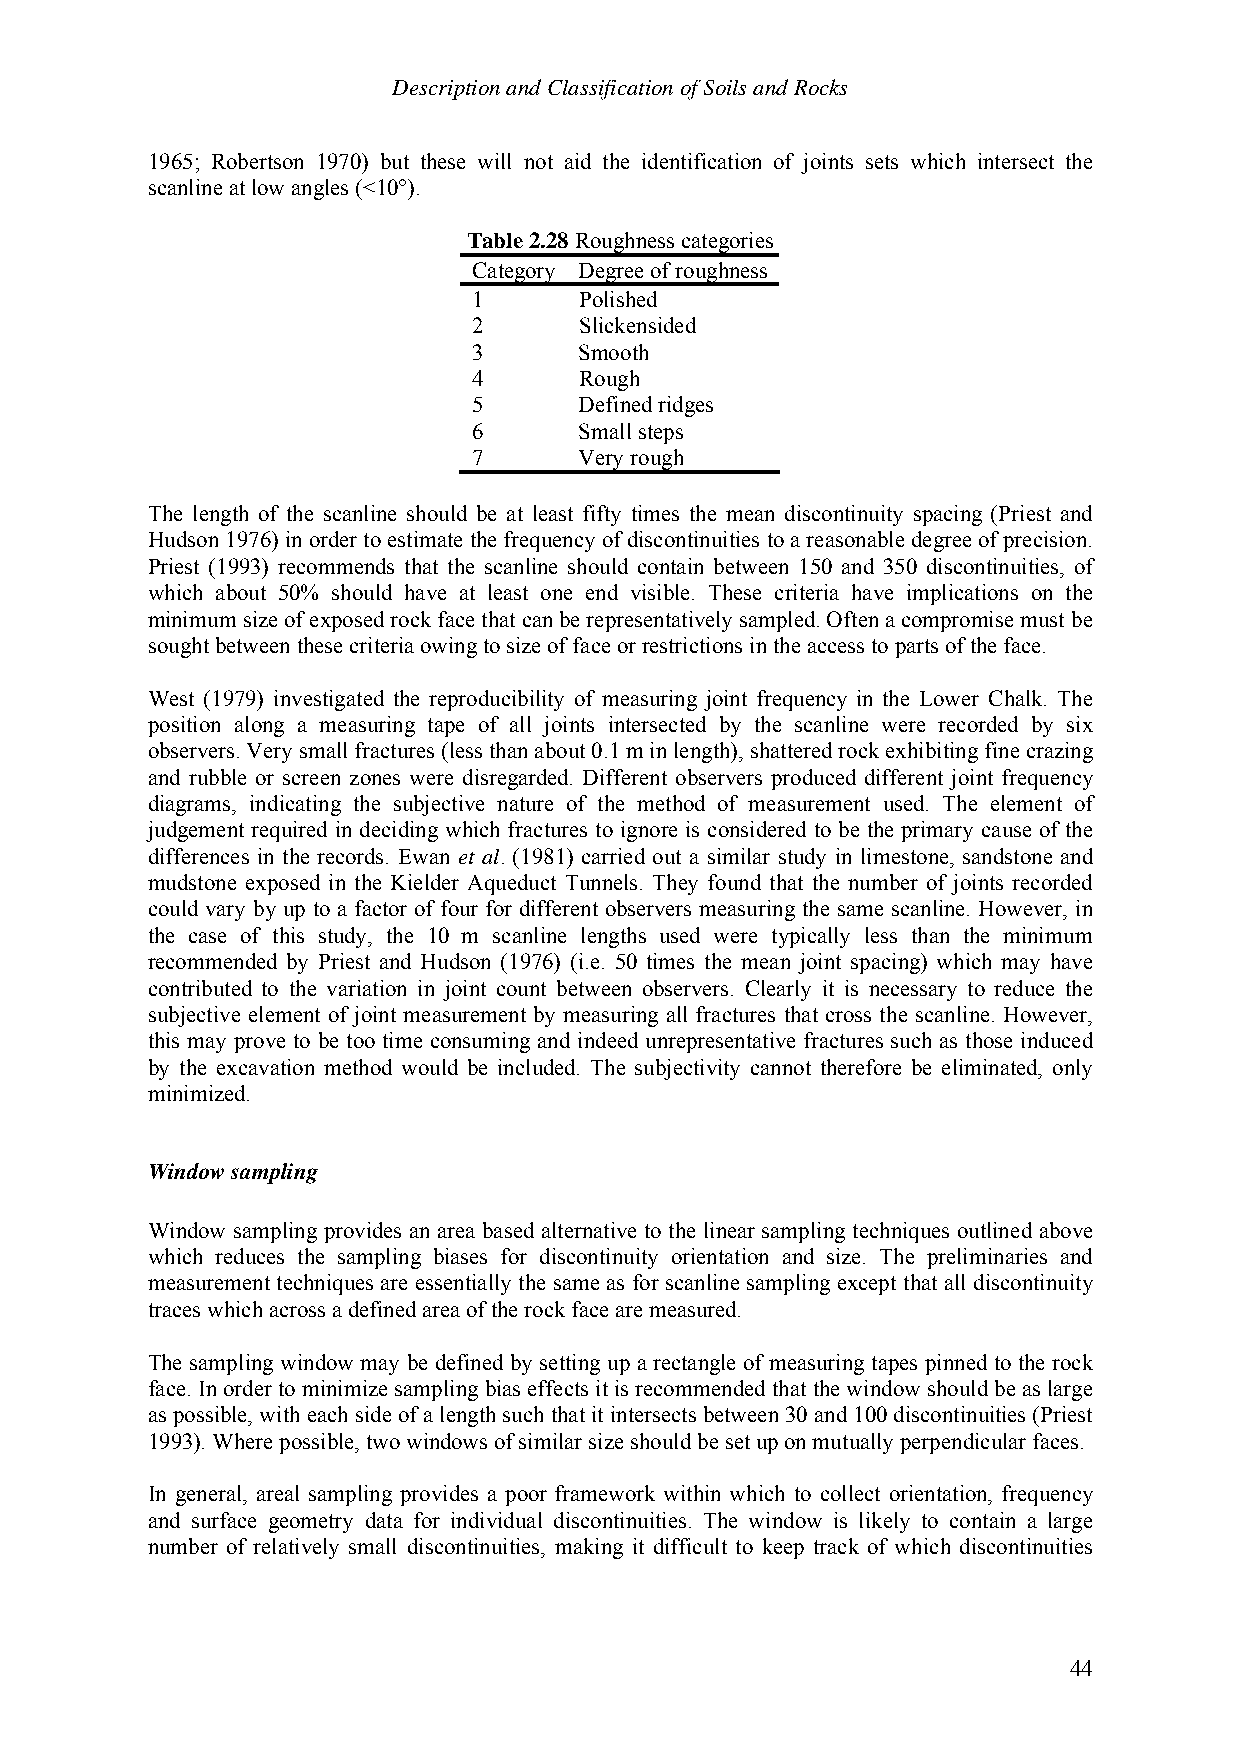
Description and Classification of Soils and Rocks
 1965; Robertson 1970) but these will not aid the identification of joints sets which intersect the
 scanline at low angles (<10°).
 Table 2.28 Roughness categories
 Category Degree of roughness
 1      Polished
 2      Slickensided
 3      Smooth
 4      Rough
 5      Defined ridges
 6      Small steps
 7      Very rough
 The length of the scanline should be at least fifty times the mean discontinuity spacing (Priest and
 Hudson 1976) in order to estimate the frequency of discontinuities to a reasonable degree of precision.
 Priest (1993) recommends that the scanline should contain between 150 and 350 discontinuities, of
 which about 50% should have at least one end visible. These criteria have implications on the
 minimum size of exposed rock face that can be representatively sampled. Often a compromise must be
 sought between these criteria owing to size of face or restrictions in the access to parts of the face.
 West (1979) investigated the reproducibility of measuring joint frequency in the Lower Chalk. The
 position along a measuring tape of all joints intersected by the scanline were recorded by six
 observers. Very small fractures (less than about 0.1 m in length), shattered rock exhibiting fine crazing
 and rubble or screen zones were disregarded. Different observers produced different joint frequency
 diagrams, indicating the subjective nature of the method of measurement used. The element of
 judgement required in deciding which fractures to ignore is considered to be the primary cause of the
 differences in the records. Ewan et al. (1981) carried out a similar study in limestone, sandstone and
 mudstone exposed in the Kielder Aqueduct Tunnels. They found that the number of joints recorded
 could vary by up to a factor of four for different observers measuring the same scanline. However, in
 the case of this study, the 10 m scanline lengths used were typically less than the minimum
 recommended by Priest and Hudson (1976) (i.e. 50 times the mean joint spacing) which may have
 contributed to the variation in joint count between observers. Clearly it is necessary to reduce the
 subjective element of joint measurement by measuring all fractures that cross the scanline. However,
 this may prove to be too time consuming and indeed unrepresentative fractures such as those induced
 by the excavation method would be included. The subjectivity cannot therefore be eliminated, only
 minimized.
 Window sampling
 Window sampling provides an area based alternative to the linear sampling techniques outlined above
 which reduces the sampling biases for discontinuity orientation and size. The preliminaries and
 measurement techniques are essentially the same as for scanline sampling except that all discontinuity
 traces which across a defined area of the rock face are measured.
 The sampling window may be defined by setting up a rectangle of measuring tapes pinned to the rock
 face. In order to minimize sampling bias effects it is recommended that the window should be as large
 as possible, with each side of a length such that it intersects between 30 and 100 discontinuities (Priest
 1993). Where possible, two windows of similar size should be set up on mutually perpendicular faces.
 In general, areal sampling provides a poor framework within which to collect orientation, frequency
 and surface geometry data for individual discontinuities. The window is likely to contain a large
 number of relatively small discontinuities, making it difficult to keep track of which discontinuities
 44